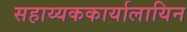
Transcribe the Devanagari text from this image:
सहाय्यककार्यालायिन